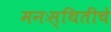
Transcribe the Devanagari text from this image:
मनःस्थितींचे